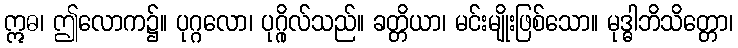
ဣဓ၊ ဤလောက၌။ ပုဂ္ဂလော၊ ပုဂ္ဂိုလ်သည်။ ခတ္တိယာ၊ မင်းမျိုးဖြစ်သော။ မုဒ္ဓါဘိသိတ္တော၊